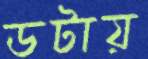
ডটায়